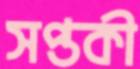
সপ্তকী